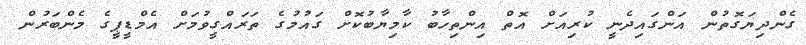
ގެންދިޔަގޮތުން އަންގައިދެނީ ކުރިއަށް އޮތް އިންތިހާބު ކާމިޔާބުކޮށް ގައުމުގެ ތަރައްގީވުމަށް އެމްޑީޕީގެ މެންބަރުން